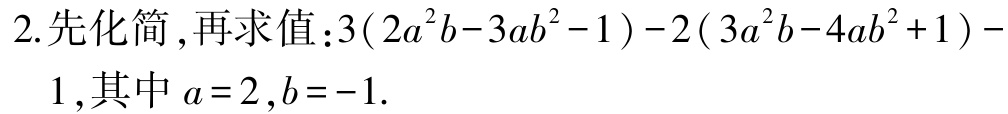
2.先化简 ,再求值：\(3(2a^{2}b - 3ab^{2} - 1)-2(3a^{2}b - 4ab^{2}+1)-1\),其中\(a = 2\),\(b = -1\).